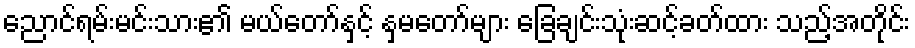
ညောင်ရမ်းမင်းသား၏ မယ်တော်နှင့် နှမတော်များ ခြေချင်းသုံးဆင့်ခတ်ထား သည့်အတိုင်း